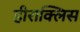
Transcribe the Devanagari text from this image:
हीराक्लिस